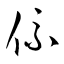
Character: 係